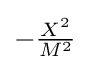
{\textstyle -{\frac {X^{2}}{M^{2}}}}